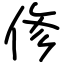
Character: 俢